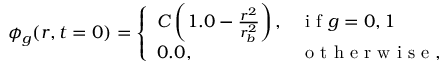
\phi _ { g } ( r , t = 0 ) = \left\{ \begin{array} { l l } { C \left( 1 . 0 - \frac { r ^ { 2 } } { r _ { b } ^ { 2 } } \right) , } & { \mathrm { ~ i ~ f ~ } g = 0 , 1 } \\ { 0 . 0 , } & { \mathrm { ~ o ~ t ~ h ~ e ~ r ~ w ~ i ~ s ~ e ~ } , } \end{array} \right.